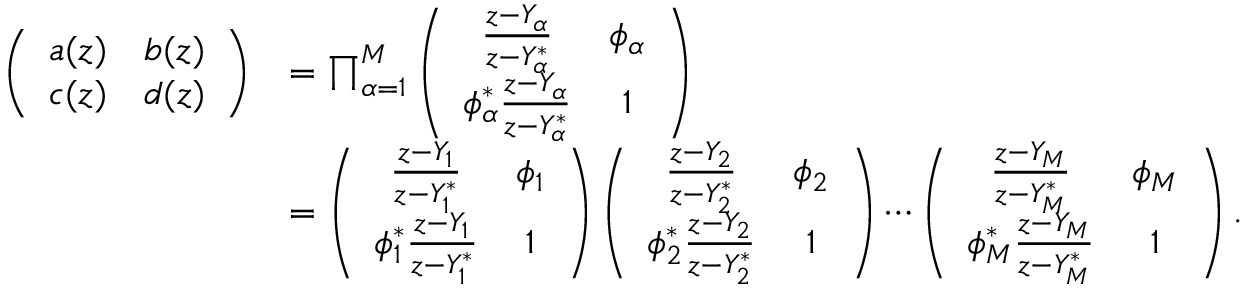
\begin{array} { r l } { \left( \begin{array} { l l } { a ( z ) } & { b ( z ) } \\ { c ( z ) } & { d ( z ) } \end{array} \right) } & { = \prod _ { \alpha = 1 } ^ { M } \left( \begin{array} { c c } { \frac { z - Y _ { \alpha } } { z - Y _ { \alpha } ^ { * } } } & { \phi _ { \alpha } } \\ { \phi _ { \alpha } ^ { * } \frac { z - Y _ { \alpha } } { z - Y _ { \alpha } ^ { * } } } & { 1 } \end{array} \right) } \\ & { = \left( \begin{array} { c c } { \frac { z - Y _ { 1 } } { z - Y _ { 1 } ^ { * } } } & { \phi _ { 1 } } \\ { \phi _ { 1 } ^ { * } \frac { z - Y _ { 1 } } { z - Y _ { 1 } ^ { * } } } & { 1 } \end{array} \right) \left( \begin{array} { c c } { \frac { z - Y _ { 2 } } { z - Y _ { 2 } ^ { * } } } & { \phi _ { 2 } } \\ { \phi _ { 2 } ^ { * } \frac { z - Y _ { 2 } } { z - Y _ { 2 } ^ { * } } } & { 1 } \end{array} \right) \cdots \left( \begin{array} { c c } { \frac { z - Y _ { M } } { z - Y _ { M } ^ { * } } } & { \phi _ { M } } \\ { \phi _ { M } ^ { * } \frac { z - Y _ { M } } { z - Y _ { M } ^ { * } } } & { 1 } \end{array} \right) . } \end{array}